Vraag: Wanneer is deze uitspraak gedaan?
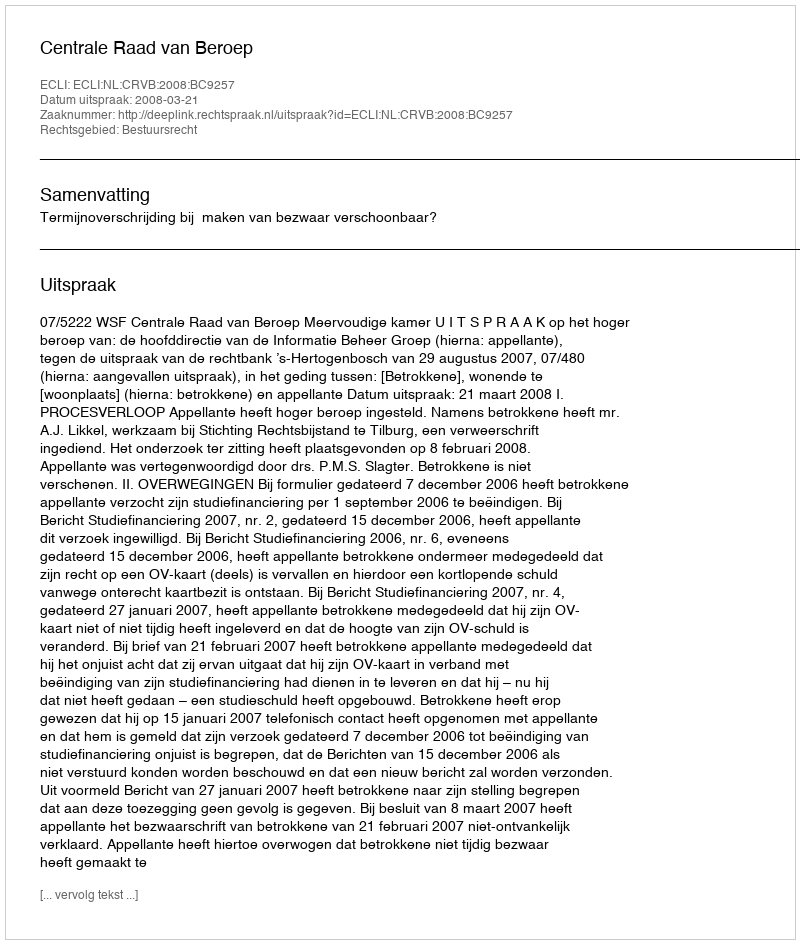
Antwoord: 2008-03-21